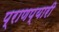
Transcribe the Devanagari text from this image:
प्राणप्यारी